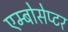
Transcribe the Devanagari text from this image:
एम्बोसेप्टर